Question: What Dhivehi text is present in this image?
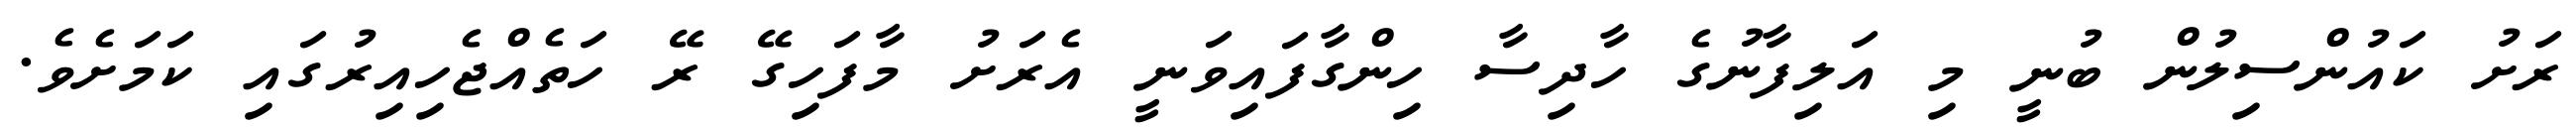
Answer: ރަށު ކައުންސިލުން ބުނީ މި އަލިފާނުގެ ހާދިސާ ހިންގާފައިވަނީ އެރަށު މާފަހިގޭ ރޭ ހަތެއްޖެހިއިރުގައި ކަމަށެވެ.